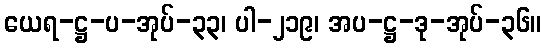
ယေရ-ဋ္ဌ-ပ-အုပ်-၃၃၊ ပါ-၂၁၉၊ အပ-ဋ္ဌ-ဒု-အုပ်-၃၆။